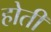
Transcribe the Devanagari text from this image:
होती